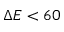
\Delta E < 6 0